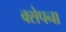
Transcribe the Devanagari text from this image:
क्सेपना